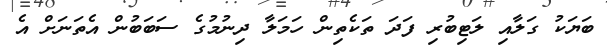
ބަޔަކު ގަލާއި ލަޓިބުރި ފަދަ ތަކެތިން ހަމަލާ ދިނުމުގެ ސަބަބުން އެތަނަށް އެ